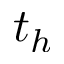
t _ { h }